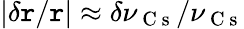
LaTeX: |\delta\mathtt{r}/\mathtt{r}|\approx\delta\nu_{\mathrm{{~C~s~}}}/\nu_{\mathrm{{~C~s~}}}